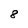
Character: 8